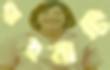
গহনাটি